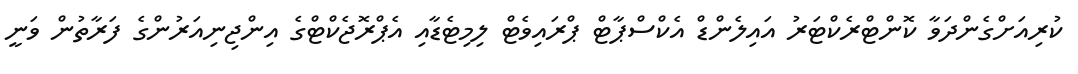
ކުރިއަށްގެންދަވާ ކޮންޓްރެކްޓަރު އައިލެންޑް އެކްސްޕާޓް ޕްރައިވެޓް ލިމިޓެޑާއި އެޕްރޮޖެކްޓްގެ އިންޖިނިއަރުންގެ ފަރާތުން ވަނީ